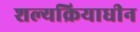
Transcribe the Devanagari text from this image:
शल्यक्रियाधीन